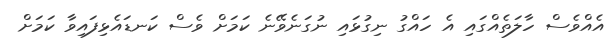
އެއްވެސް ހާލަތެއްގައި އެ ހައްގު ނިގުޅައި ނުގަނެވޭނެ ކަމަށް ވެސް ކަނޑައެޅިފައިވާ ކަމަށް